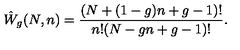
\hat { W } _ { g } ( N , n ) = \frac { ( N + ( 1 - g ) n + g - 1 ) ! } { n ! ( N - g n + g - 1 ) ! } .